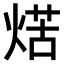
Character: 𤋼